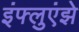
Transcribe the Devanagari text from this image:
इंफ्लुएंझे